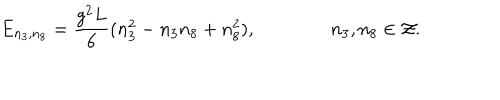
E _ { n _ { 3 } , n _ { 8 } } = { \frac { g ^ { 2 } L } { 6 } } ( n _ { 3 } ^ { 2 } - n _ { 3 } n _ { 8 } + n _ { 8 } ^ { 2 } ) , \qquad \qquad n _ { 3 } , n _ { 8 } \in { \cal Z } .